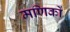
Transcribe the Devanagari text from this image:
मणिकों